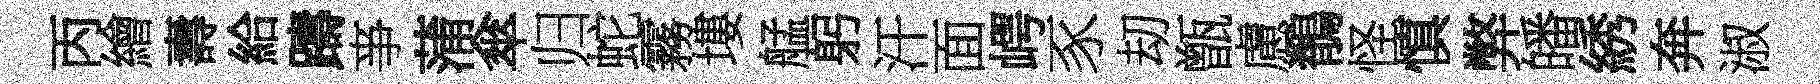
丙繪壽給躊亊蒲傘归蛇霧塿艋躬汗面崿豕刧甑慮鶺怪慎弊皤綉奔淑